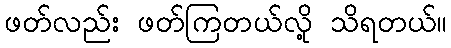
ဖတ်လည်း ဖတ်ကြတယ်လို့ သိရတယ်။